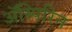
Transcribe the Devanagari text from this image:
अॅस्पिरिन